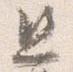
且